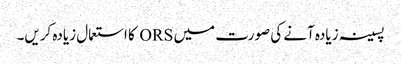
پسینہ زیادہ آنے کی صورت میں ORS کا استعمال زیادہ کریں۔